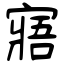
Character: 寤